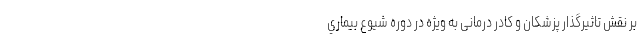
بر نقش تاثيرگذار پزشکان و کادر درمانی به ویژه در دوره شیوع بيماري